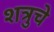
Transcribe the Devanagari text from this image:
शत्रुचे